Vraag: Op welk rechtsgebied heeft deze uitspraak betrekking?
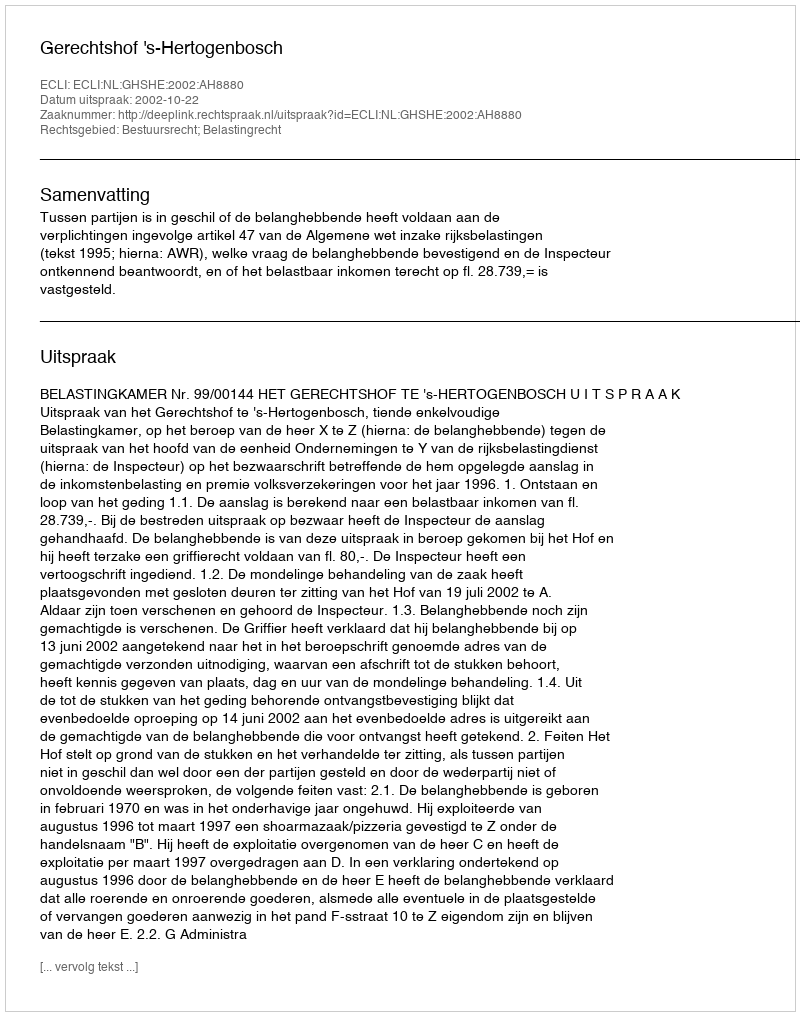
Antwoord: Bestuursrecht; Belastingrecht